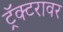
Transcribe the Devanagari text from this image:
ट्रॅक्टरावर